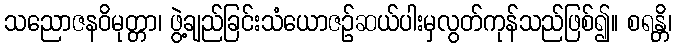
သညောဇနဝိမုတ္တာ၊ ဖွဲ့ချည်ခြင်းသံယောဇဉ်ဆယ်ပါးမှလွတ်ကုန်သည်ဖြစ်၍။ စရန္တိ၊